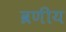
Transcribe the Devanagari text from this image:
व्रणीय